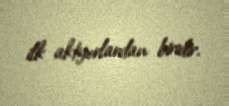
ilk aktyorlardan biridir.